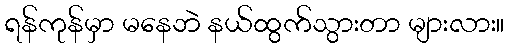
ရန်ကုန်မှာ မနေဘဲ နယ်ထွက်သွားတာ များလား။